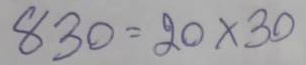
830 = 20 x 30